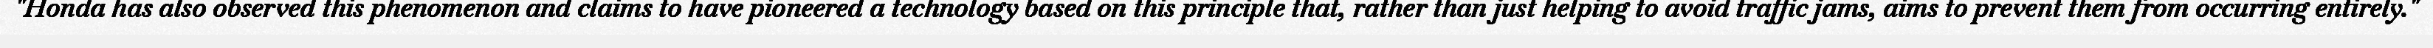
"Honda has also observed this phenomenon and claims to have pioneered a technology based on this principle that, rather than just helping to avoid traffic jams, aims to prevent them from occurring entirely."